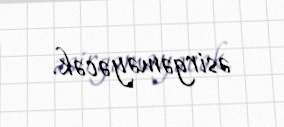
əsirgəməyəcək.